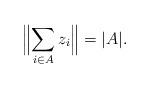
LaTeX: \begin{align*}\Bigl\Vert \sum _{ i \in A} z_i \Bigr \Vert = \vert A \vert .\end{align*}